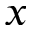
x